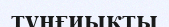
түңғиықты